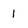
Character: 1